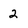
Character: 2